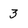
Character: 3